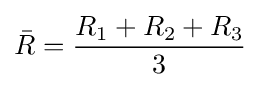
{\bar {R}}={\frac {R_{1}+R_{2}+R_{3}}{3}}